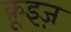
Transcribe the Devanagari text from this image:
क्रूइज़